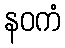
နဝကံ